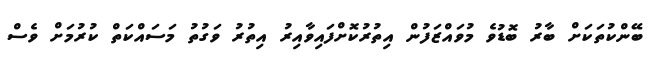
ބޭންކުތަކަށް ބާރު ބޮޑުވެ މުވައްޒަފުން އިތުރުކޮށްފައިވާއިރު އިތުރު ވަގުތު މަސައްކަތް ކުރުމަށް ވެސް